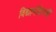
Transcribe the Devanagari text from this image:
विद्यामंदिरची